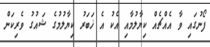
ފޯނުގައި ވާ އެއްޗެއް ކިޔާލުމާއި އެކު އެ ޚަބަރު ކިޔާލުމުގެ ޝައުގު ވެރިކަން